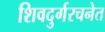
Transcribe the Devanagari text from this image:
शिवदुर्गरचनेत